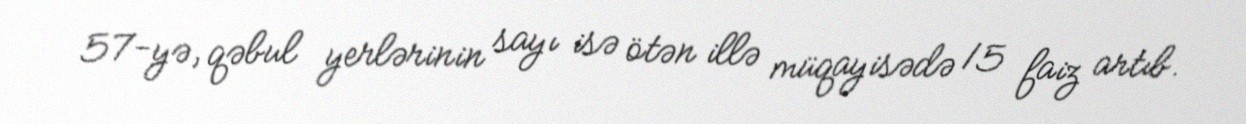
57-yə, qəbul yerlərinin sayı isə ötən illə müqayisədə 15 faiz artıb.